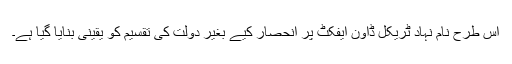
اس طرح نام نہاد ٹریکل ڈاون ایفکٹ پر انحصار کیے بغیر دولت کی تقسیم کو یقینی بنایا گیا ہے۔